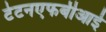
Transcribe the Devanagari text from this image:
टेटनएफबीआई